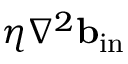
\eta \nabla ^ { 2 } { \bf { b } } _ { \mathrm { { i n } } }